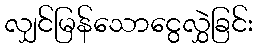
လျှင်မြန်သောငွေလွှဲခြင်း